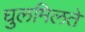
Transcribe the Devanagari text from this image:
घुलमिलते